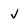
Character: j